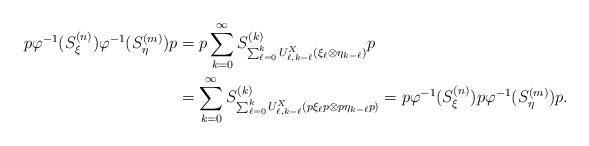
LaTeX: \begin{align*}p\varphi^{-1}(S^{(n)}_{\xi}) \varphi^{-1}(S^{(m)}_{\eta}) p &= p\sum_{k=0}^{\infty}S^{(k)}_{\sum_{\ell =0}^kU^X_{\ell,k - \ell}(\xi_{\ell}\otimes \eta_{k-\ell})} p \\& = \sum_{k=0}^{\infty}S^{(k)}_{\sum_{\ell =0}^kU^X_{\ell,k - \ell}(p \xi_{\ell} p \otimes p \eta_{k-\ell} p)} = p\varphi^{-1}(S^{(n)}_{\xi}) p \varphi^{-1}(S^{(m)}_{\eta}) p.\end{align*}